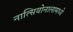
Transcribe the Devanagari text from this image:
नात्सियोनालामध्ये